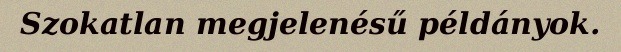
Szokatlan megjelenésű példányok.